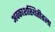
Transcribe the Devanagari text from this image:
अवकाशस्थितीतला